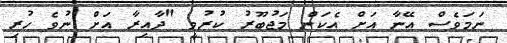
ނަމަވެސް އޭނާ އަށް އެކަން މަޖުބޫރު ކުރުވީ "ދާއިރާ އަށް ނުވެ ހުރި